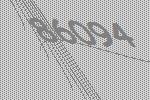
86094